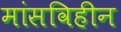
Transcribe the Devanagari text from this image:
मांसविहीन